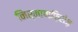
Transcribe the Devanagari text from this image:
निर्माणफ़िरोज़